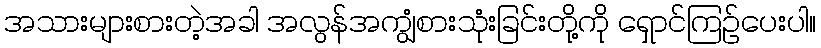
အသားများစားတဲ့အခါ အလွန်အကျွံစားသုံးခြင်းတို့ကို ရှောင်ကြဉ်ပေးပါ။